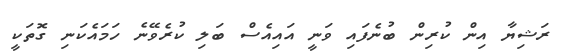
ރަޝިޔާ އިން ކުރިން ބުނެފައި ވަނީ އައިއެސް ބަލި ކުރެވޭނެ ހަމައެކަނި ގޮތަކީ